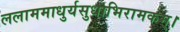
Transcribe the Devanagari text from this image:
ललाममाधुर्यसुधाभिरामकम्।